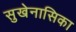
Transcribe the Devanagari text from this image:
सुखेनासिका